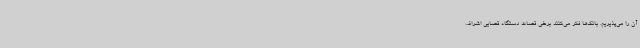
آن را می‌پذیریم. بانک‌ها فکر می‌کنند برخی قضات دستگاه قضایی اشراف